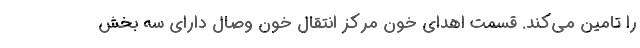
را تامین می‌کند. قسمت اهدای خون مرکز انتقال خون وصال دارای سه بخش